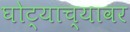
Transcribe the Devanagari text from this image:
घोट्याच्यावर